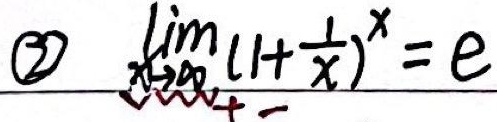
\textcircled{2} $\lim_{x \to \infty} (1 + \frac{1}{x})^{x} = e$